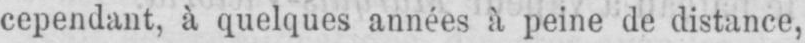
cependant, à quelques années à peine de distance,